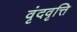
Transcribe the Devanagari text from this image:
वृंदवृत्ति